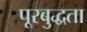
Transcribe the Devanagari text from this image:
पूरबुद्धता